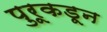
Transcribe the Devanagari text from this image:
पुरूकडून